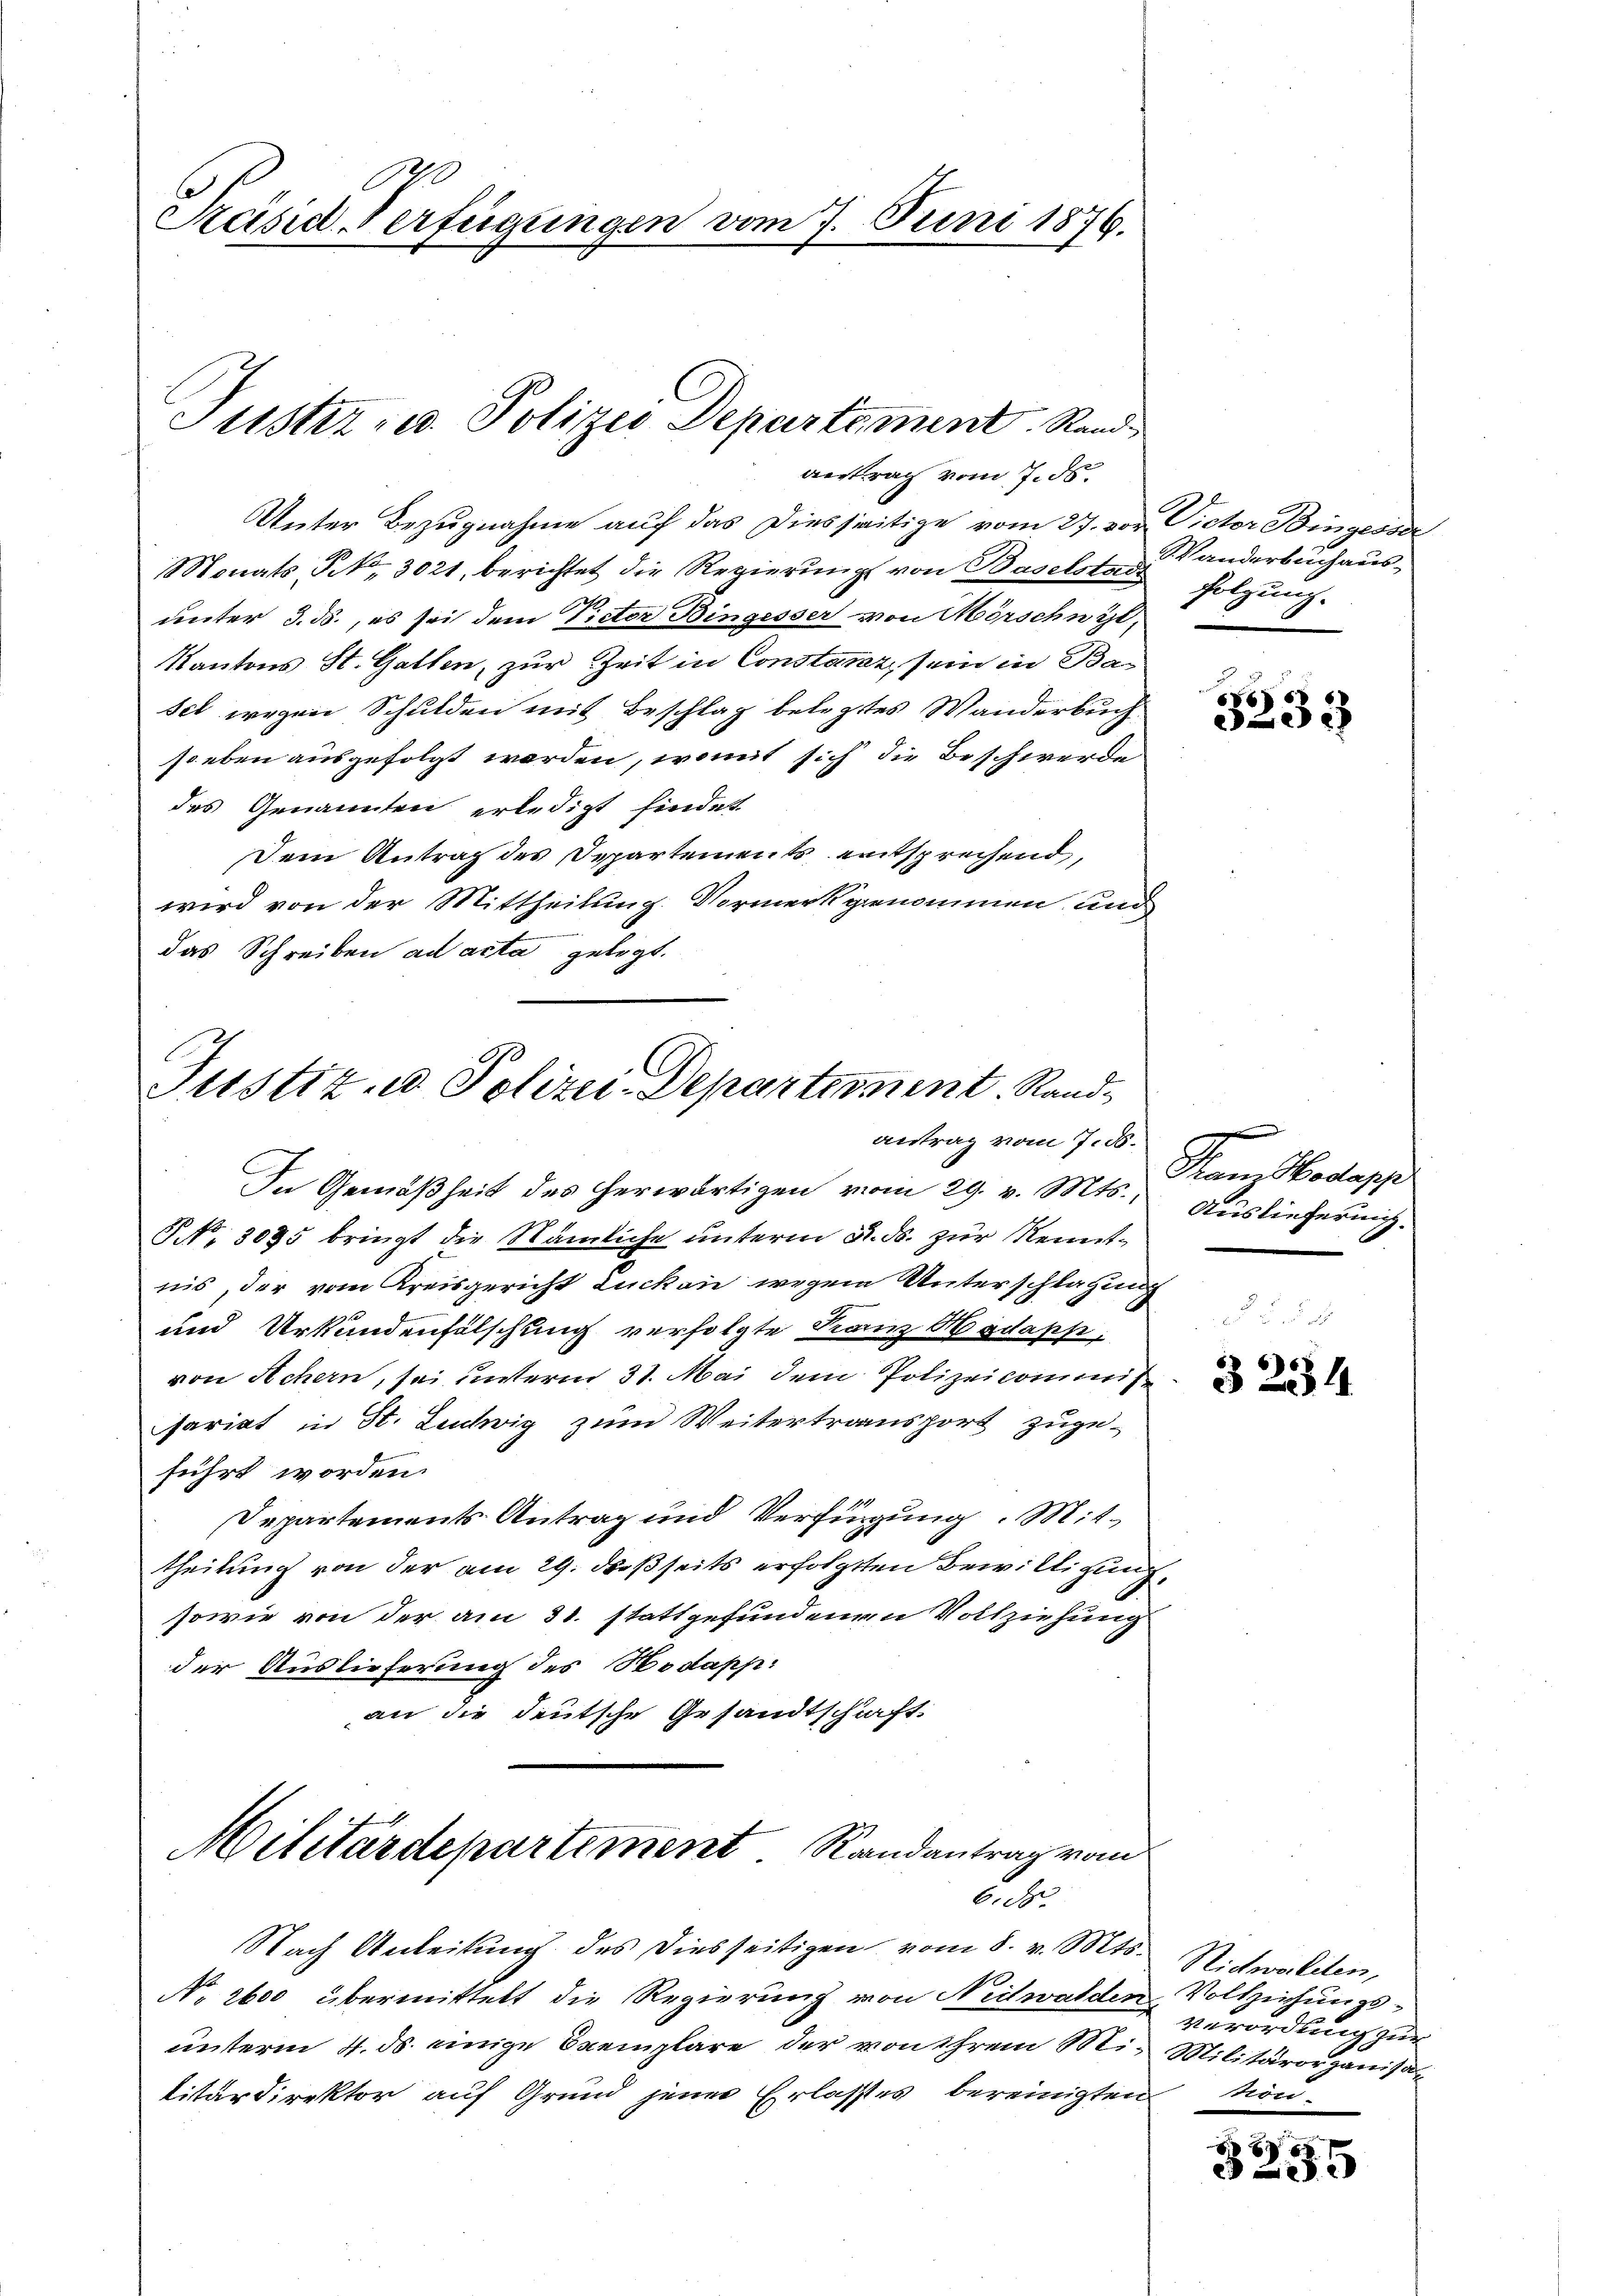
Präsid Verfügungen vom 7. Juni 1876.

Puster u. Polizei Departement Rand
vertrag vom 7. ds.

Unter Bezugnahme auf das Diesseitige vom 27. vor. Victor Bingesser
Monats, No. 3021, berichtet die Regierung von Baselstad
unter 3. ds., es sei dem Victor Bingesser von Mörschen ge¬
Kantons St. Gallen, zur Zeit in Constanz sein in Basel wegen Schulden mit Beschlag belegtes Wanderbuch
soeben ausgefolgt worden, womit sich die Beschwerde
des Genannten erledigt findet
Dem Antrag des Departements entsprechend,
wird von der Mittheilung. Vormerkgenommen und
.
das Schreiben ad acta gelegt.

Justiz- u Polizei-Departement. Randantrag vom 7. d.

No. 2600 übermittelt die Regierung von Nidwalden Vollziehungs-
unterm 4. ds. einige Exemplare der von ihrem Mi- Militärorganisalitärdirektor auf Grund jener Erlasses bereinigten kön¬

In Gemäßheit des herwärtigen vom 29. v. Mts.,
§ NNo. 3035 bringt die Nämliche unterm R. ds. zur Kenntnis, der vom Kreisgericht Lucken wegen Unterschlagung
und Urkundenfälschung verfolgte Kanz Hodapp,
von Achern, sei unterm 31. Mai dem Polizeikommis
sariat in St. Ludwig zum Weitertransport zuge-
führt worden.
Departements Antrag und Verfügung. Mittheilung von der am 29. dießseits erfolgten Bewilligung,
sowie von der am 31. stattgefundenen Vollziehung
der Auslieferung des Hodapp.
an die deutsche Gesandtschift
Militärdepartement. Randantrag von

cubi

Nach Anleitung des diesseitigen vom 8. v. Mts. Nidwalden,

Wanderbuchaus-
Folzung.

66
3233

Franz Hodlapp
Auslieferung.

3234

Verordung zur

f
x